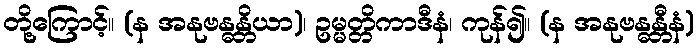
တို့ကြောင့်။ (န အနုဗန္ဓန္တိယာ)၊ ဥမ္မတ္တိကာဒီနံ၊ ကုန်၍။ (န အနုဗန္ဓန္တီနံ)